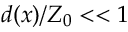
d ( x ) / Z _ { 0 } < < 1